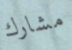
مشارك